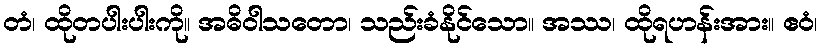
တံ၊ ထိုတပါးပါးကို။ အဓိဝါသတော၊ သည်းခံနိုင်သော။ အဿ၊ ထိုရဟန်းအား။ ဧဝံ၊